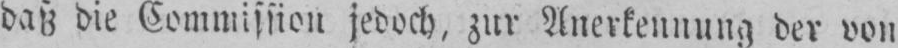
daß die Commission jedoch, zur Anerkennung der von